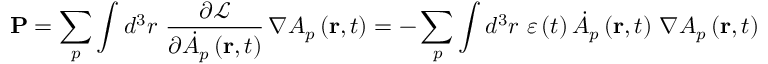
\mathbf { P } = \sum _ { p } \int d ^ { 3 } r \, \, \frac { \partial \mathcal { L } } { \partial \dot { A } _ { p } \left( \mathbf { r } , t \right) } \, \nabla A _ { p } \left( \mathbf { r } , t \right) = - \sum _ { p } \int d ^ { 3 } r \, \, \varepsilon \left( t \right) \dot { A } _ { p } \left( \mathbf { r } , t \right) \, \nabla A _ { p } \left( \mathbf { r } , t \right)